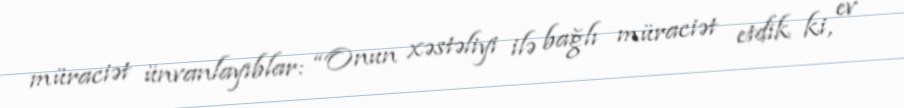
müraciət ünvanlayıblar: “Onun xəstəliyi ilə bağlı müraciət etdik ki, ev